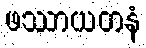
ဖဿာယတနံ